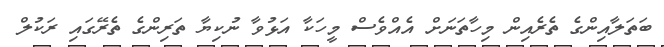
ބަތަލާއިންގެ ތެރެއިން މިހާތަނަށް އެއްވެސް މީހަކާ އަޅުވާ ނުކިޔާ ތަރިންގެ ތެރޭގައި ރަކުލް